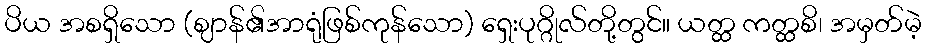
ပိယ အစရှိသော (ဈာန်၏အာရုံဖြစ်ကုန်သော) ရှေးပုဂ္ဂိုလ်တို့တွင်။ ယတ္ထ ကတ္ထစိ၊ အမှတ်မဲ့